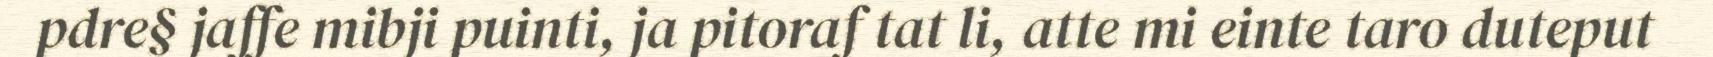
pdre§ jaffe mibji puinti, ja pitoraf tat li, atte mi einte taro duteput